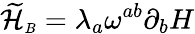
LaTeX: {\widetilde{\cal H}}_{\scriptscriptstyle B}=\lambda_{a}\omega^{ab}\partial_{b}H